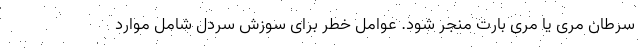
سرطان مری یا مری بارت منجر شود. عوامل خطر برای سوزش سردل شامل موارد